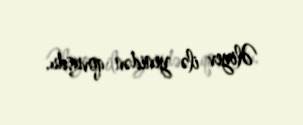
Əliyev ilə yenidən qovuşdu.